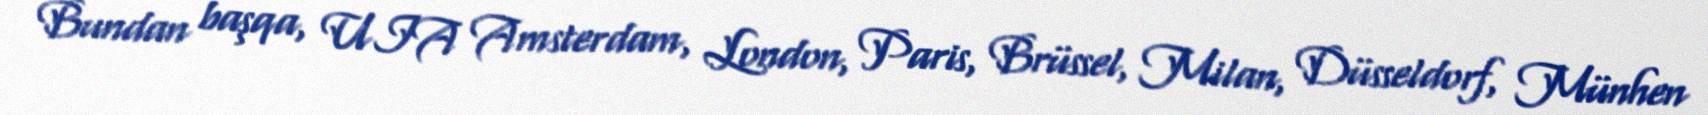
Bundan başqa, UIA Amsterdam, London, Paris, Brüssel, Milan, Düsseldorf, Münhen